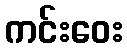
ကင်းဝေး